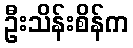
ဦးသိန်းစိန်က